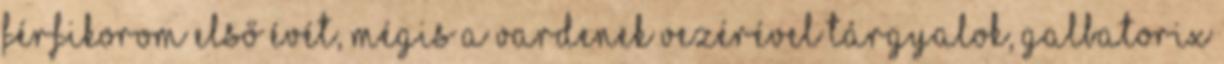
férfikorom első évét, mégis a vardenek vezérével tárgyalok, Galbatorix